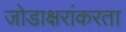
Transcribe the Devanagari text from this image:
जोडाक्षरांकरता